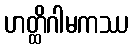
ဟတ္ထိဂါမကဿ